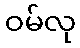
ဝမ်လု